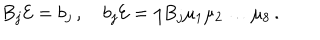
B _ { j } { \cal E } = b _ { j } \, , \quad b _ { j } { \cal E } = \eta B _ { j } \mu _ { 1 } \mu _ { 2 } \dots \mu _ { 8 } \, .